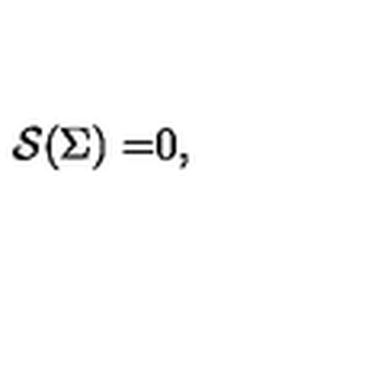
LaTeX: \mathcal { S ( } \Sigma \mathcal { ) = } 0 ,